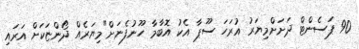
90 ޕަސެންޓް ދަށަށްމިޔަރު އުރަހަ ސޫޕާ އެކު އޮބާމާ ހޫނުފެނަށް"މިޔަރެއް ދޯންޏަކަށް އަރައި